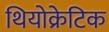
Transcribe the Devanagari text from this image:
थियोक्रेटिक